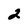
Character: 2